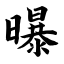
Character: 曝